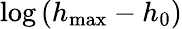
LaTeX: \log\left(h_{\operatorname*{max}}-h_{0}\right)